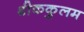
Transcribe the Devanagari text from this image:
श्रीककुलम